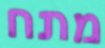
מתח